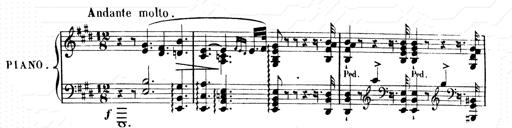
Title: 2 Transcriptions d'aprÃ¨s Rossini
Composer: Franz Liszt